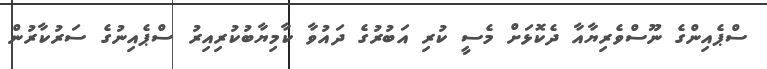
ސްޕެއިންގެ ނޫސްވެރިޔާއާ ދެކޮޅަށް މެސީ ކުރި އަބުރުގެ ދައުވާ ކާމިޔާބުކުރިއިރު ސްޕެއިނުގެ ސަރުކާރުން